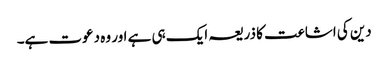
دین کی اشاعت کا ذریعہ ایک ہی ہے اور وہ دعوت ہے۔